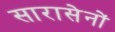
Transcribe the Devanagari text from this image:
सारासेनों